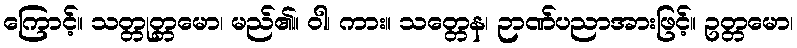
ကြောင့်။ သတ္တုတ္တမော၊ မည်၏။ ဝါ၊ ကား။ သတ္တေန၊ ဉာဏ်ပညာအားဖြင့်။ ဥတ္တမော၊